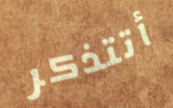
أتتذكر